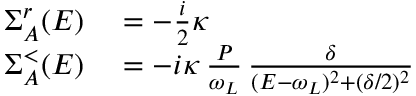
\begin{array} { r l } { \Sigma _ { A } ^ { r } ( E ) } & { { } = - \frac { i } { 2 } \kappa } \\ { \Sigma _ { A } ^ { < } ( E ) } & { { } = - i \kappa \, \frac { P } { \omega _ { L } } \, \frac { \delta } { ( E - \omega _ { L } ) ^ { 2 } + ( \delta / 2 ) ^ { 2 } } } \end{array}